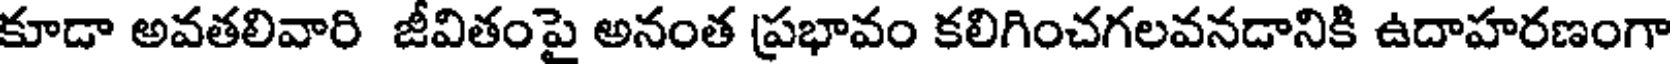
కూడా అవతలివారి జీవితంపై అనంత ప్రభావం కలిగించగలవనడానికి ఉదాహరణంగా